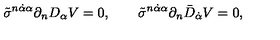
\tilde { \sigma } ^ { n \dot { \alpha } \alpha } \partial _ { n } D _ { \alpha } V = 0 , \qquad \tilde { \sigma } ^ { n \dot { \alpha } \alpha } \partial _ { n } \bar { D } _ { \dot { \alpha } } V = 0 ,